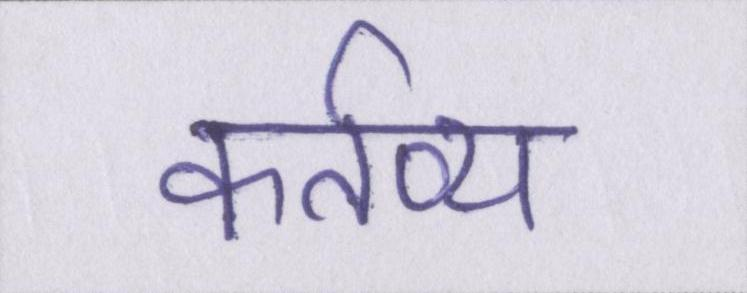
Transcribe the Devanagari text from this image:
कर्तव्य